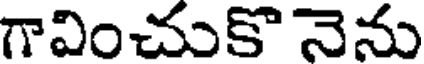
గావించుకొ నెను